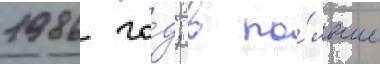
1986 го́д; в по́льше